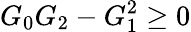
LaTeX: G_{0}G_{2}-G_{1}^{2}\geq 0